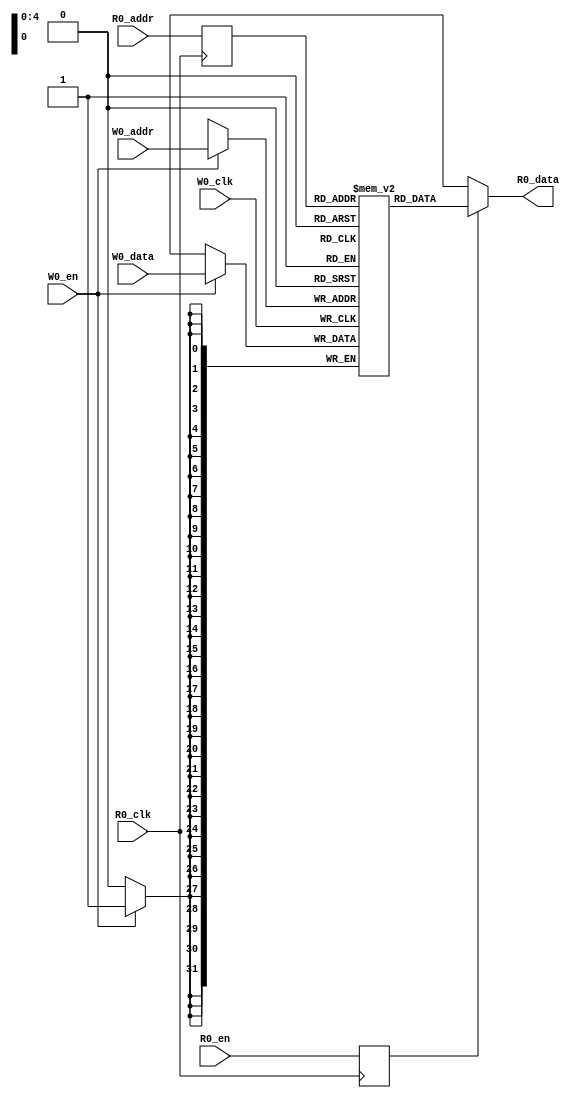
// Generated by CIRCT firtool-1.49.0
// VCS coverage exclude_file
module mem_32x32(
  input  [4:0]  R0_addr,
  input         R0_en,
                R0_clk,
  input  [4:0]  W0_addr,
  input         W0_en,
                W0_clk,
  input  [31:0] W0_data,
  output [31:0] R0_data
);

  reg [31:0] Memory[0:31];
  reg        _R0_en_d0;
  reg [4:0]  _R0_addr_d0;
  always @(posedge R0_clk) begin
    _R0_en_d0 <= R0_en;
    _R0_addr_d0 <= R0_addr;
  end // always @(posedge)
  always @(posedge W0_clk) begin
    if (W0_en)
      Memory[W0_addr] <= W0_data;
  end // always @(posedge)
  assign R0_data = _R0_en_d0 ? Memory[_R0_addr_d0] : 32'bx;
endmodule

module ReadWriteSmem(
  input         clock,
                reset,
                io_enable,
                io_write,
  input  [9:0]  io_addr,
  input  [31:0] io_dataIn,
  output [31:0] io_dataOut
);

  mem_32x32 mem_ext (
    .R0_addr (io_addr[4:0]),
    .R0_en   (io_enable),
    .R0_clk  (clock),
    .W0_addr (io_addr[4:0]),
    .W0_en   (1'h1),
    .W0_clk  (clock),
    .W0_data (io_dataIn),
    .R0_data (io_dataOut)
  );
endmodule